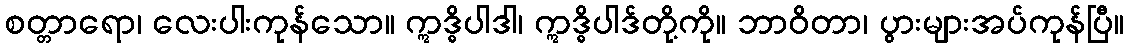
စတ္တာရော၊ လေးပါးကုန်သော။ ဣဒ္ဓိပါဒါ၊ ဣဒ္ဓိပါဒ်တို့ကို။ ဘာဝိတာ၊ ပွားများအပ်ကုန်ပြီ။